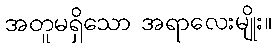
အတူမရှိသော အရာလေးမျိုး။